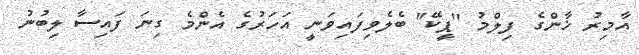
އާމިރު ޚާންގެ ފިލްމު ''ޕީކޭ'' ބެލެވިފައިވަނީ އަހަރުގެ އެންމެ ގިނަ ފައިސާ ލިބުނު